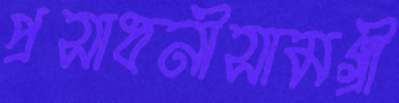
প্রসাধনীসামগ্রী